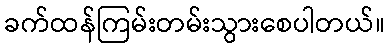
ခက်ထန်ကြမ်းတမ်းသွားစေပါတယ်။